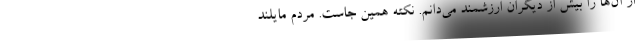
از آن‌ها را بیش از دیگران ارزشمند می‌دانم. نکته همین جاست. مردم مایلند